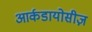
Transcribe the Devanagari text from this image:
आर्कडायोसीज़